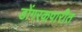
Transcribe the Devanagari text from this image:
डोंगरकपारीत